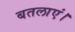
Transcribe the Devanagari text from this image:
बतलाएं।